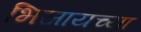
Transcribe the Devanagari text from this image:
भिजायच्या